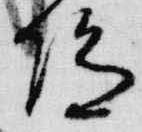
陀